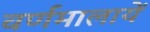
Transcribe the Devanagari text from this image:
वर्णमालायें